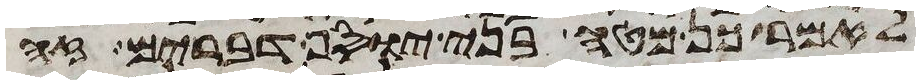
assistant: לאמר כן מטה בני יוסף דברים זה